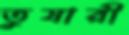
তুষারী